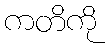
ကတိကို